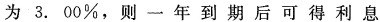
为3.00/%，则一年到期后可得利息